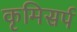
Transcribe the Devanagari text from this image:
कृमिसर्प